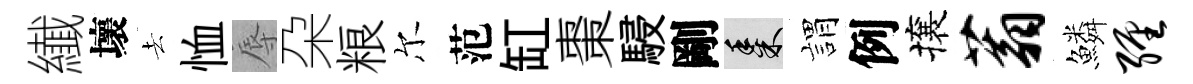
纎壞去恤辱朶粮尔范缸棗駸剛黍娟例攘蓊鱗缠